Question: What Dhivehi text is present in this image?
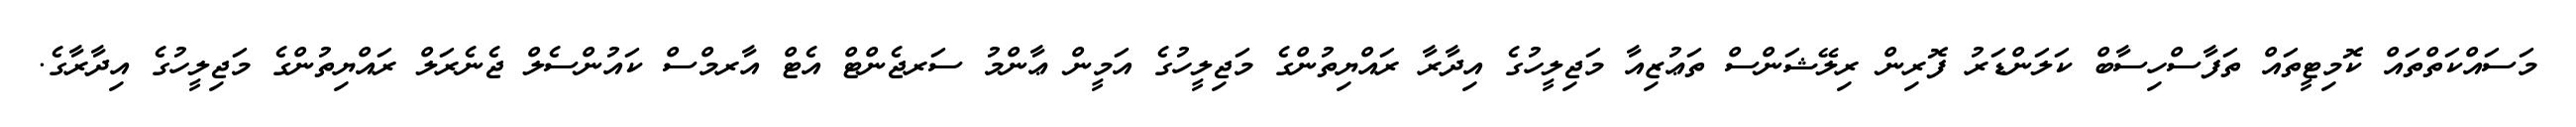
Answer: މަސައްކަތްތައް ކޮމިޓީތައް ތަފާސްހިސާބް ކަލަންޑަރު ފޮރިން ރިލޭޝަންސް ތަޢުޒިއާ މަޖިލީހުގެ އިދާރާ ރައްޔިތުންގެ މަޖިލީހުގެ އަމީން ޢާންމު ސަރޖެންޓް އެޓް އާރމްސް ކައުންސެލް ޖެނެރަލް ރައްޔިތުންގެ މަޖިލީހުގެ އިދާރާގެ.